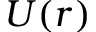
U ( r )